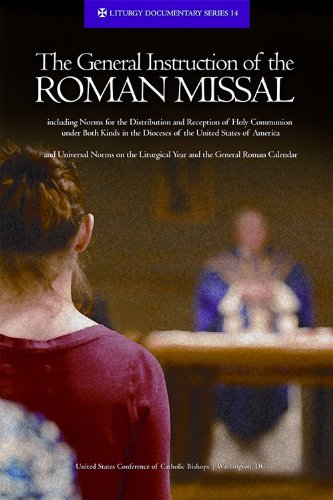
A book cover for The General Instruction of the Roman Missal (Rev. Ed.) (Liturgy Documentary); Usccb; Religion & Spirituality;